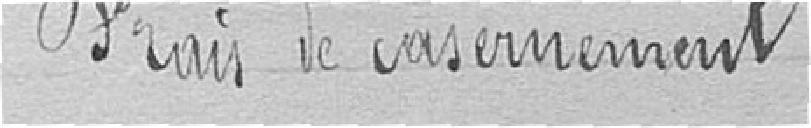
Frais de casernement